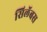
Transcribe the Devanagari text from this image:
सिलॅबस